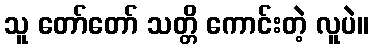
သူ တော်တော် သတ္တိ ကောင်းတဲ့ လူပဲ။